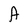
Character: A